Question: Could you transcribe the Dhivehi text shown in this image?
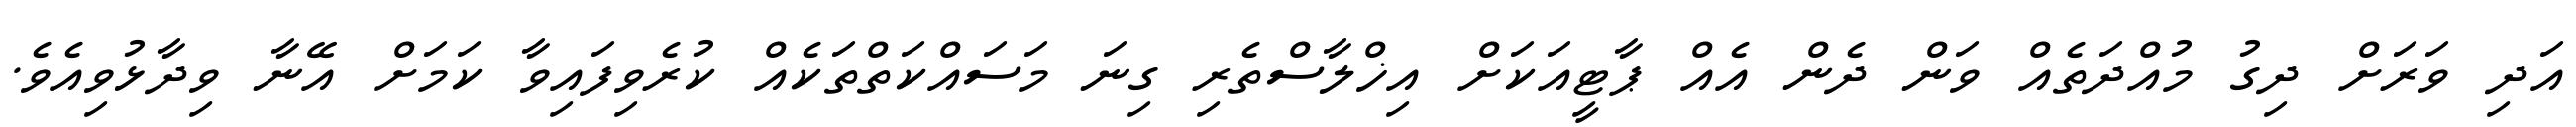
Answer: އަދި ވަރަށް ދިގު މުއްދަތެއް ވަން ދެން އެއް ޕާޓީއަކަށް އިޚްލާސްތެރި ގިނަ މަސައްކަތްތަކެއް ކުރެވިފައިވާ ކަމަށް އޭނާ ވިދާޅުވިއެވެ.